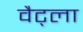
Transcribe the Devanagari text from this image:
वैट्ला